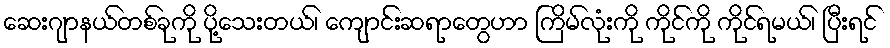
ဆေးဂျာနယ်တစ်ခုကို ပို့သေးတယ်၊ ကျောင်းဆရာတွေဟာ ကြိမ်လုံးကို ကိုင်ကို ကိုင်ရမယ်၊ ပြီးရင်